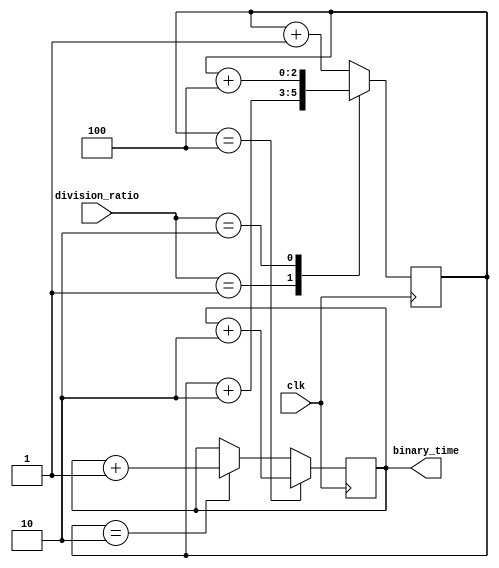
module binary_clock_divider (
    input clk,
    input [2:0] division_ratio,
    output reg [2:0] binary_time
);

reg [2:0] counter;

always @(posedge clk) begin
    case(division_ratio)
        3'b000: counter <= counter + 1; // Divide by 2
        3'b001: counter <= counter + 2; // Divide by 4
        3'b010: counter <= counter + 4; // Divide by 8
        // Add more cases for other division ratios as needed
        default: counter <= counter + 1; // Default to divide by 2
    endcase
end

always @(posedge clk) begin
    if(counter == 2) binary_time <= binary_time + 1;
    if(counter == 4) binary_time <= binary_time + 2;
    if(counter == 8) binary_time <= binary_time + 4;
    // Add more cases for other division ratios as needed
end

endmodule